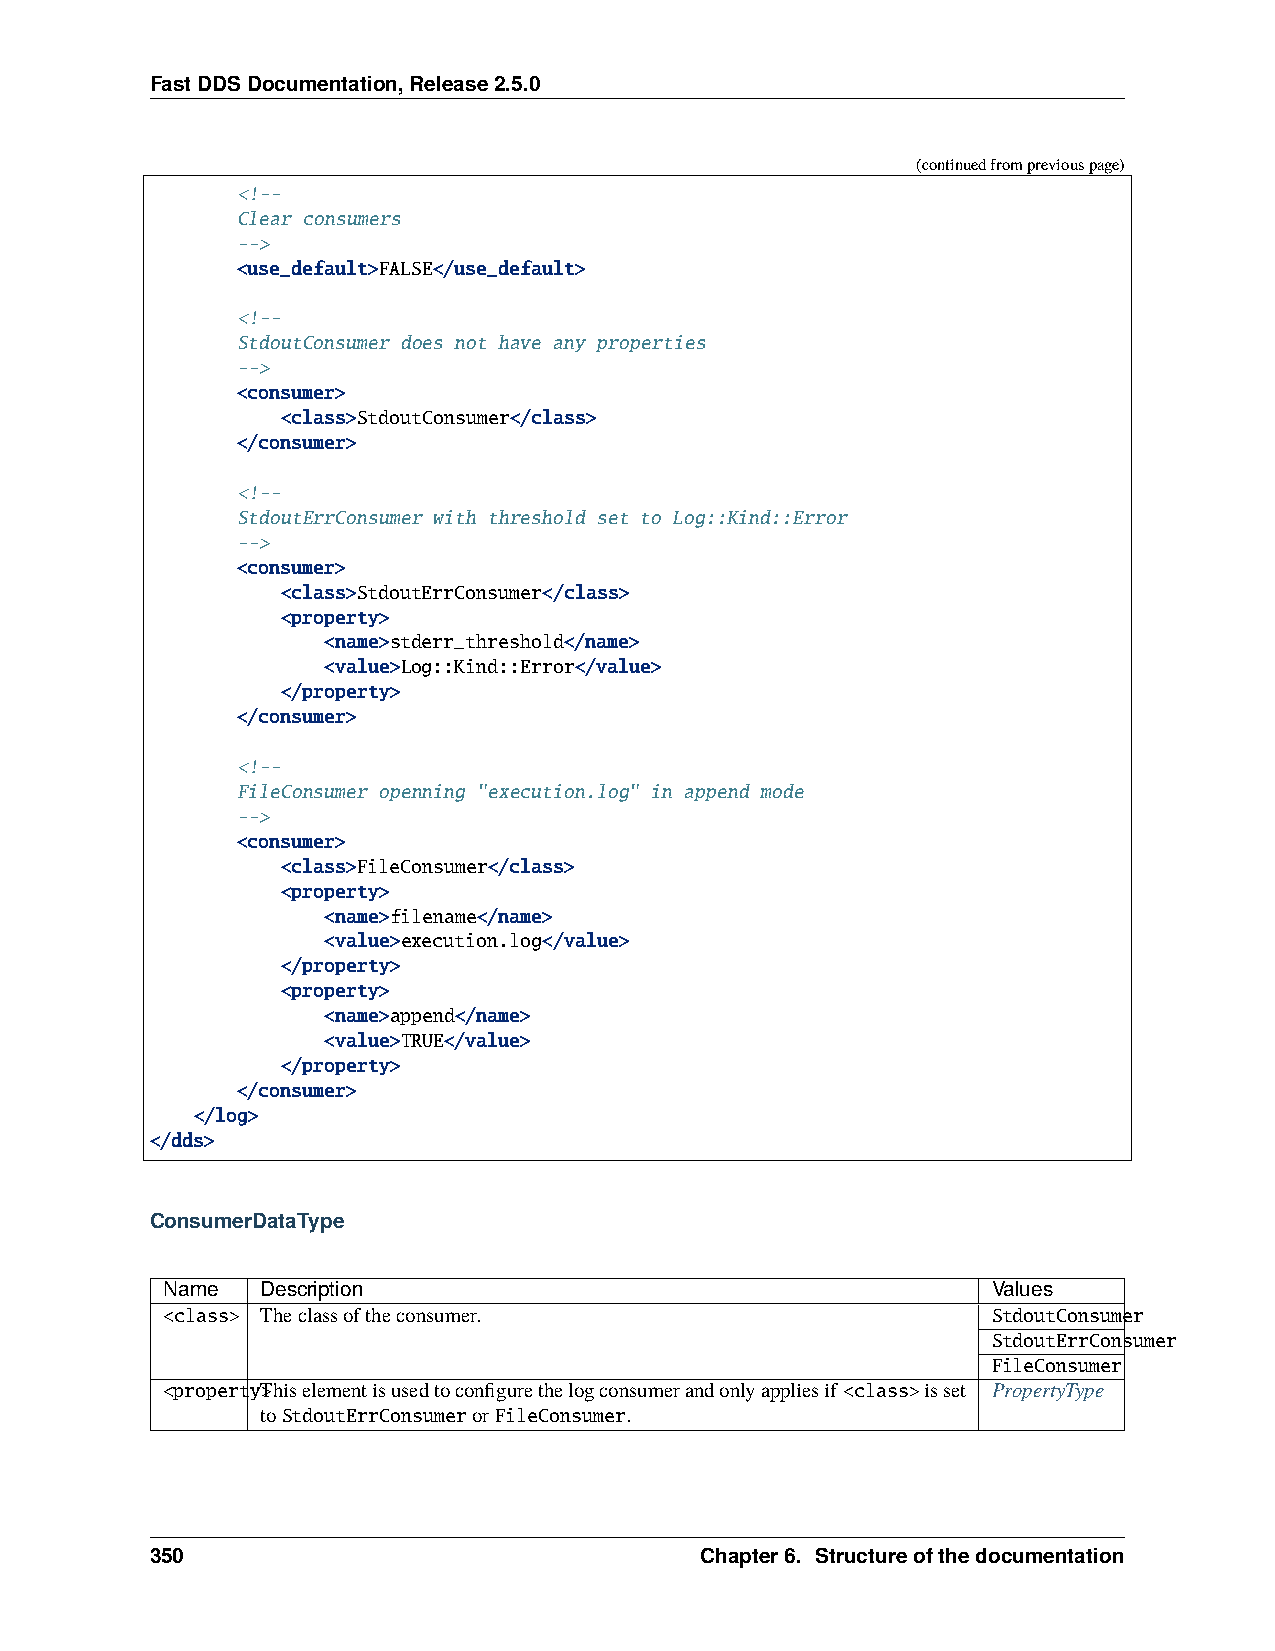
FastDDSDocumentation,Release2.5.0
 (continuedfrompreviouspage)
 <!--
 Clear consumers
 -->
 <use_default>FALSE</use_default>
 <!--
 StdoutConsumer does not have any properties
 -->
 <consumer>
 <class>StdoutConsumer</class>
 </consumer>
 <!--
 StdoutErrConsumer with threshold set to Log::Kind::Error
 -->
 <consumer>
 <class>StdoutErrConsumer</class>
 <property>
 <name>stderr_threshold</name>
 <value>Log::Kind::Error</value>
 </property>
 </consumer>
 <!--
 FileConsumer openning "execution.log" in append mode
 -->
 <consumer>
 <class>FileConsumer</class>
 <property>
 <name>filename</name>
 <value>execution.log</value>
 </property>
 <property>
 <name>append</name>
 <value>TRUE</value>
 </property>
 </consumer>
 </log>
 </dds>
 ConsumerDataType
 Name  Description                                      Values
 <class> Theclassoftheconsumer.                         StdoutConsumer
 StdoutErrConsumer
 FileConsumer
 <propertyT>hiselementisusedtoconfigurethelogconsumerandonlyappliesif <class>isset PropertyType
 toStdoutErrConsumerorFileConsumer.
 350                                 Chapter6. Structureofthedocumentation